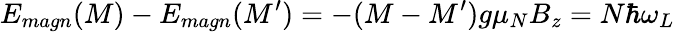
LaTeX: E_{magn}(M)-E_{magn}(M^{\prime})=-(M-M^{\prime})g\mu_{N}B_{z}=N\hbar\omega_{L}